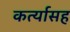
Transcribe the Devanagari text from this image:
कर्त्यासह